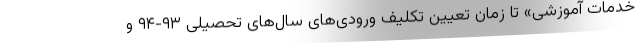
خدمات آموزشی» تا زمان تعیین تکلیف ورودی‌های سال‌های تحصیلی ۹۳-۹۴ و